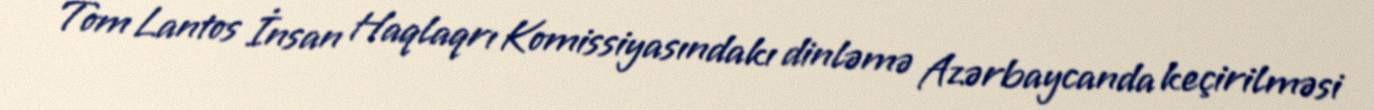
Tom Lantos İnsan Haqlaqrı Komissiyasındakı dinləmə Azərbaycanda keçirilməsi